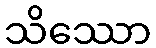
သိဿော